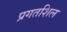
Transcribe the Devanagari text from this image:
प्रगतशिल